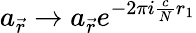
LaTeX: a_{\vec{r}}\rightarrow a_{\vec{r}}e^{-2\pi i\frac{c}{N}r_{1}}